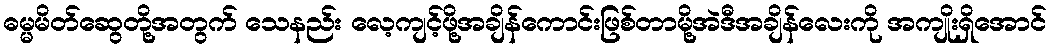
ဓမ္မမိတ်ဆွေတို့အတွက် သေနည်း လေ့ကျင့်ဖို့အချိန်ကောင်းဖြစ်တာမို့အဲဒီအချိန်လေးကို အကျိုးရှိအောင်